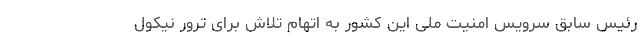
رئیس سابق سرویس امنیت ملی این کشور به اتهام تلاش برای ترور نیکول